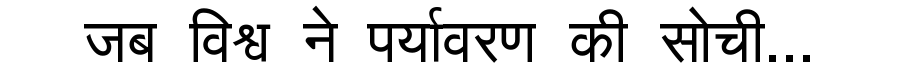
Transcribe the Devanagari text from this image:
जब विश्व ने पर्यावरण की सोची...